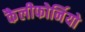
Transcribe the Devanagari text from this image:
कैलीफोर्नियो